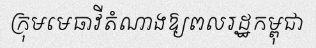
ក្រុមមេធាវីតំណាងឱ្យពលរដ្ឋកម្ពុជា